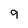
Character: 9